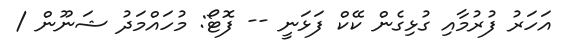
އަހަރު ފުރުމާއި ގުޅިގެން ކޭކް ފަޅަނީ -- ފޮޓޯ: މުހައްމަދު ޝަނޫން /